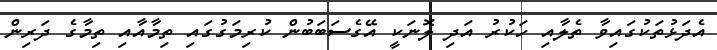
އެދަޅުތަކުގައިވާ ތެލާއި ހަކުރު އަދި ލޮނަކީ އޭގެސަބަބުން ކުރިމަގުގައި ތިމާއާއި ތިމާގެ ދަރިން